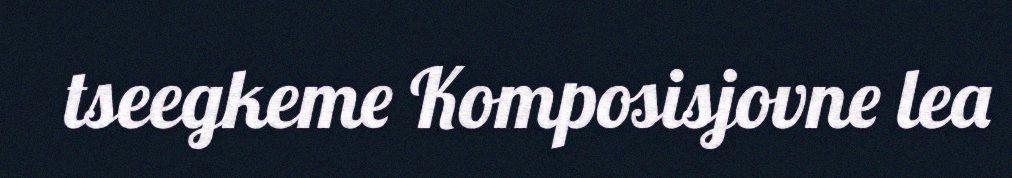
tseegkeme Komposisjovne lea